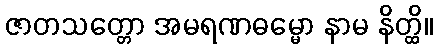
ဇာတသတ္တော အမရဏဓမ္မော နာမ နိတ္ထိ။